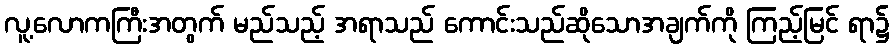
လူ့လောကကြီးအတွက် မည်သည့် အရာသည် ကောင်းသည်ဆိုသောအချက်ကို ကြည့်မြင် ရာ၌